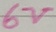
Text: 6V